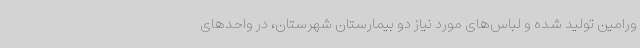
ورامین تولید شده و لباس‌های مورد نیاز دو بیمارستان شهرستان، در واحدهای